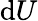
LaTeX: \mathrm{d}U